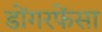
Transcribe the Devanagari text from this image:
डोंगरफेंसा